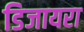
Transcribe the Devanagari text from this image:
डिजायरा